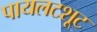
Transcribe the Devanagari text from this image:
पायलटशूट